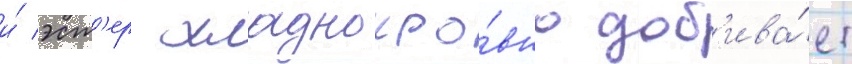
и́ эст'ер хладнокро́вно доб'ива́ет